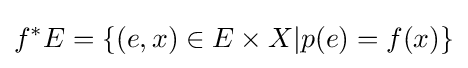
f^{*}E=\{(e,x)\in E\times X|p(e)=f(x)\}